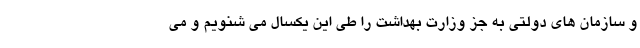
و سازمان های دولتی به جز وزارت بهداشت را طی این یکسال می شنویم و می